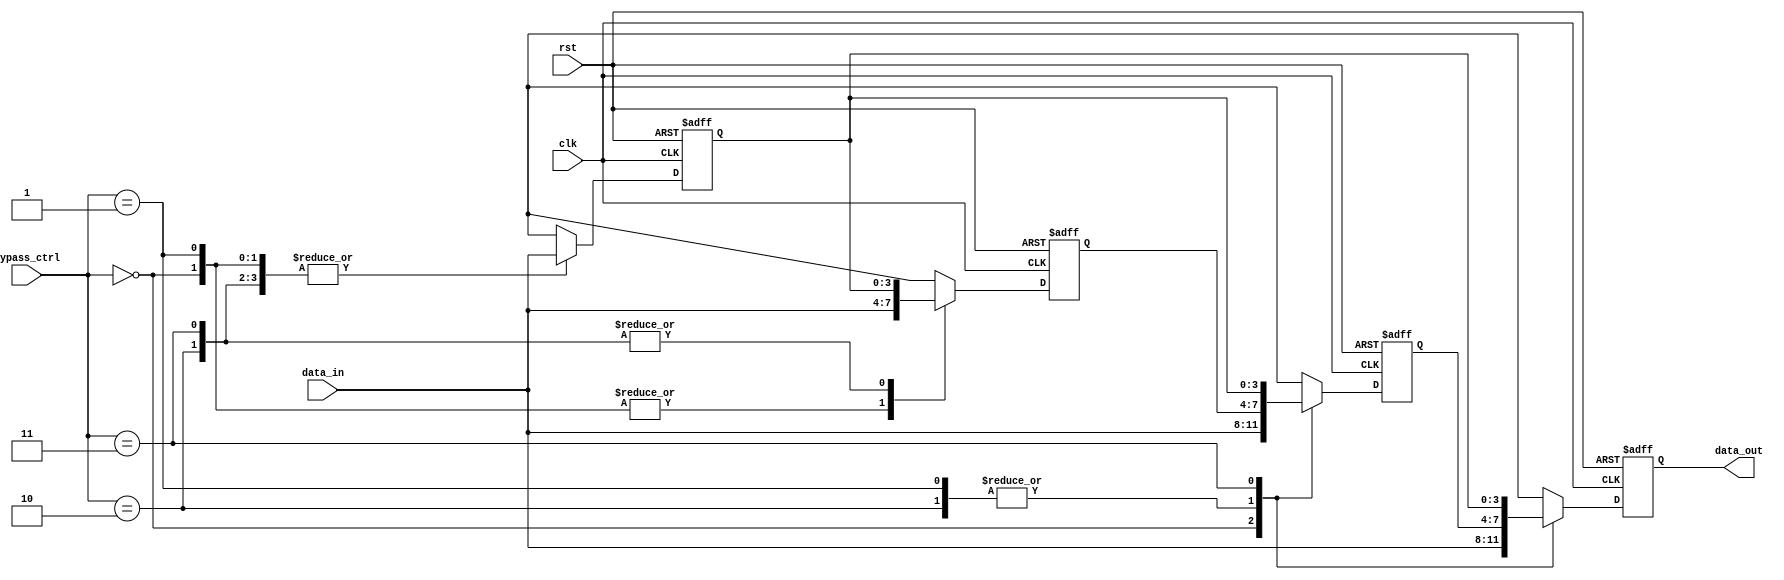
module bypass_register(input clk, input rst, input [3:0] data_in, input [1:0] bypass_ctrl, output reg [3:0] data_out);

reg [3:0] reg_0, reg_1, reg_2, reg_3;

always @(posedge clk or posedge rst) begin
  if (rst) begin
    reg_0 <= 4'b0;
    reg_1 <= 4'b0;
    reg_2 <= 4'b0;
    reg_3 <= 4'b0;
  end else begin
    case(bypass_ctrl)
      2'b00: begin
        reg_0 <= data_in;
        reg_1 <= data_in;
        reg_2 <= data_in;
        reg_3 <= data_in;
      end
      2'b01: begin
        reg_0 <= data_in;
        reg_1 <= data_in;
        reg_2 <= reg_1;
        reg_3 <= reg_2;
      end
      2'b10: begin
        reg_0 <= data_in;
        reg_1 <= reg_0;
        reg_2 <= reg_1;
        reg_3 <= reg_2;
      end
      2'b11: begin
        reg_0 <= data_in;
        reg_1 <= reg_0;
        reg_2 <= reg_0;
        reg_3 <= reg_0;
      end
    endcase
  end
end

assign data_out = reg_3;

endmodule